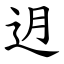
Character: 迌